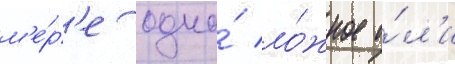
м'е́р'е одно́ ло́жное и́л'и